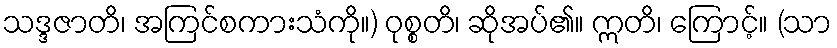
သဒ္ဒဇာတိ၊ အကြင်စကားသံကို။) ဝုစ္စတိ၊ ဆိုအပ်၏။ ဣတိ၊ ကြောင့်။ (သာ